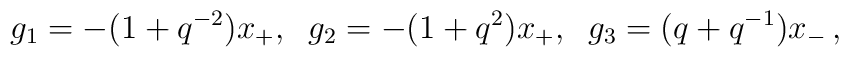
g_1 =-(1+q^{-2})x_{+},\;\; g_2 =-(1+q^2 )x_{+},\;\; g_3 =(q+q^{-1})x_{-}\,,